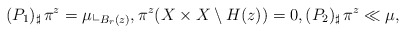
\begin{align*}(P_{1})_{\sharp}\,\pi^{z} = \mu\llcorner_{B_{r}(z)}, \pi^{z} (X\times X \setminus H(z))=0, (P_{2})_{\sharp}\, \pi^{z} \ll \mu, \end{align*}